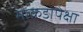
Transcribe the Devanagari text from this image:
माकडापेक्षा